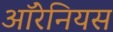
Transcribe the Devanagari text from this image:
ऑरेनियस